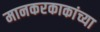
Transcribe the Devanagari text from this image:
मानकरकाकांच्या